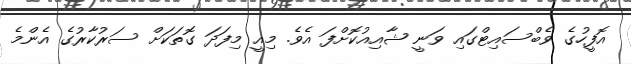
އޮފީހުގެ ވެބްސައިޓްގައި ވަނީ ޝާއިއުކޮށްފަ އެވެ. މިއީ މިފަދަ ގޮތަކަށް ސަރުކާރުގެ އެންމެ